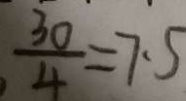
\frac { 3 0 } { 4 } = 7 . 5